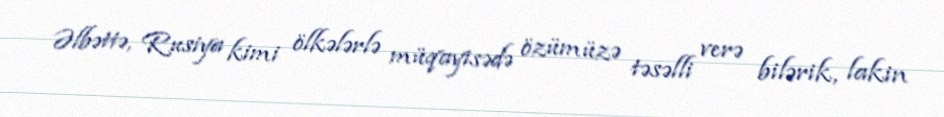
Əlbəttə, Rusiya kimi ölkələrlə müqayisədə özümüzə təsəlli verə bilərik, lakin